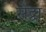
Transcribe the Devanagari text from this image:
सेद्वा